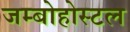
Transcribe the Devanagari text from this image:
जम्बोहोस्टल